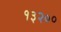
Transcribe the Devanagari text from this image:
१३२००